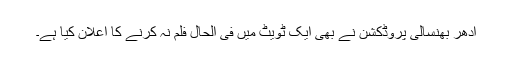
ادھر بھنسالی پروڈکشن نے بھی ایک ٹویٹ میں فی الحال فلم نہ کرنے کا اعلان کیا ہے۔